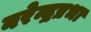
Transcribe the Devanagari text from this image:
नरेन्द्रप्रभा